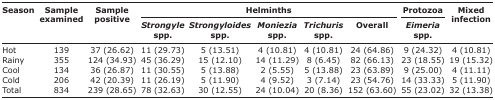
| <ROWSPAN=3> Season | <ROWSPAN=3> Sample examined | <ROWSPAN=3> Sample positive | <COLSPAN=5> Helminths | Protozoa | <ROWSPAN=3> Mixed infection |
 | Strongyle spp. | Strongyloides spp. | Moniezia spp. | Trichuris spp. | Overall | Eimeria spp. |
 | --- | --- | --- | --- | --- | --- | --- | --- | --- | --- |
 | Hot | 139 | 37 (26.62) | 11 (29.73) | 5 (13.51) | 4 (10.81) | 4 (10.81) | 24 (64.86) | 9 (24.32) | 4 (10.81) |
 | Rainy | 355 | 124 (34.93) | 45 (36.29) | 15 (12.10) | 14 (11.29) | 8 (6.45) | 82 (66.13) | 23 (18.55) | 19 (15.32) |
 | Cool | 134 | 36 (26.87) | 11 (30.55) | 5 (13.88) | 2 (5.55) | 5 (13.88) | 23 (63.89) | 9 (25.00) | 4 (11.11) |
 | Cold | 206 | 42 (20.39) | 11 (26.19) | 5 (11.90) | 4 (9.52) | 3 (7.14) | 23 (54.76) | 14 (33.33) | 5 (11.90) |
 | Total | 834 | 239 (28.65) | 78 (32.63) | 30 (12.55) | 24 (10.04) | 20 (8.36) | 152 (63.60) | 55 (23.02) | 32 (13.38) |